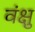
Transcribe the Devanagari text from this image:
वंक्षु